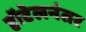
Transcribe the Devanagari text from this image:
हॉटेलनंतर